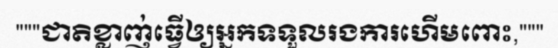
"""ជាតិខ្លាញ់ធ្វើឲ្យអ្នកទទួលរងការហើមពោះ,"""